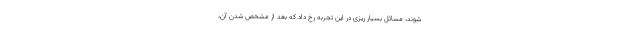
شوند، مسائل بسیار ریزی در این تجربه رخ داد که بعد از مشخص شدن آن،